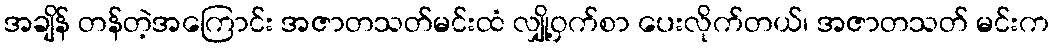
အချိန် တန်တဲ့အကြောင်း အဇာတသတ်မင်းထံ လျှို့ဝှက်စာ ပေးလိုက်တယ်၊ အဇာတသတ် မင်းက